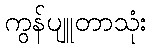
ကွန်ပျူတာသုံး